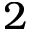
2